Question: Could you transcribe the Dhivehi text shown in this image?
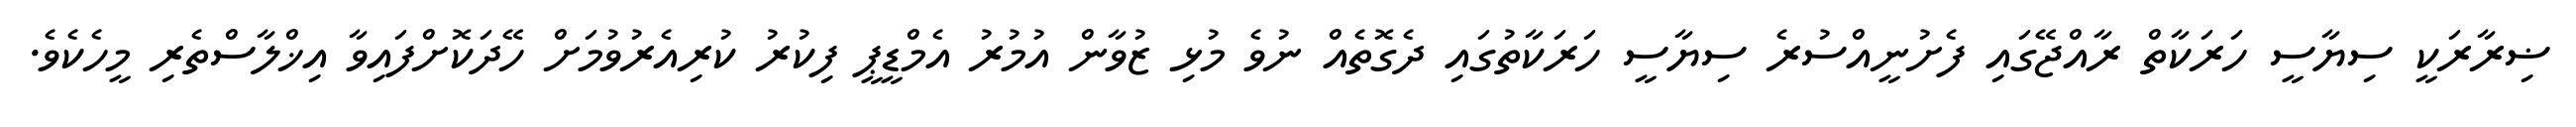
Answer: ޟިރާރަކީ ސިޔާސީ ހަރަކާތް ރާއްޖޭގައި ފެށުނީއްސުރެ ސިޔާސީ ހަރަކާތުގައި ދެގޮތެއް ނުވެ މުޅި ޒުވާން އުމުރު އެމްޑީޕީ ފިކުރު ކުރިއެރުވުމަށް ހޭދަކޮށްފައިވާ އިޚްލާސްތެރި މީހެކެވެ.